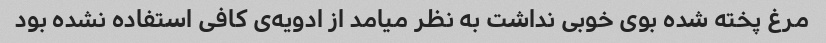
مرغ پخته شده بوی خوبی نداشت به نظر میامد از ادویه‌ی کافی استفاده نشده بود